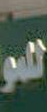
هو